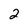
Character: 2